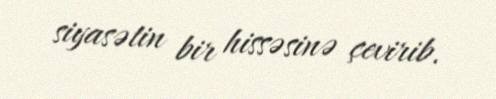
siyasətin bir hissəsinə çevirib.